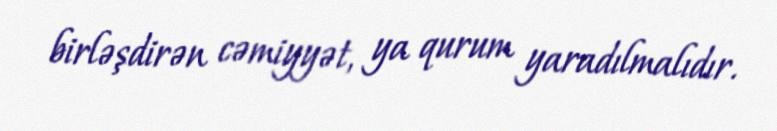
birləşdirən cəmiyyət, ya qurum yaradılmalıdır.